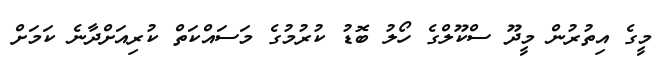
މީގެ އިތުރުން މީދޫ ސްކޫލްގެ ހޯލު ބޮޑު ކުުރުމުގެ މަސައްކަތް ކުރިއަށްދާނެ ކަމަށް